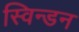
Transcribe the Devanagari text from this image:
स्विन्डन